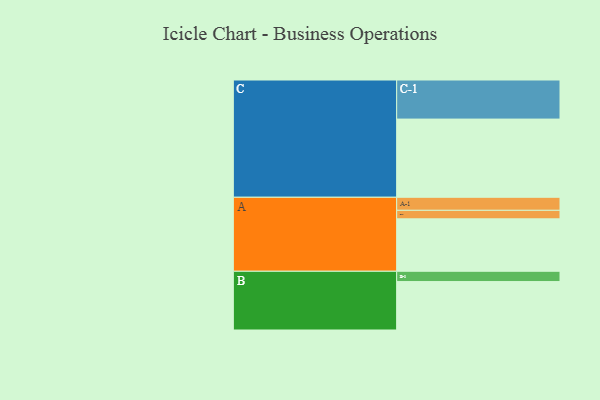
{"axis": {"x": "Segment", "y": "Value"}, "legend": ["", "A", "B", "C"], "data": [{"x": "A", "y": 326, "type": ""}, {"x": "B", "y": 301, "type": ""}, {"x": "C", "y": 486, "type": ""}, {"x": "A-1", "y": 81, "type": "A"}, {"x": "A-2", "y": 53, "type": "A"}, {"x": "B-1", "y": 64, "type": "B"}, {"x": "C-1", "y": 243, "type": "C"}]}